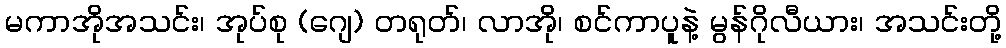
မကာအိုအသင်း၊ အုပ်စု (ဂျေ) တရုတ်၊ လာအို၊ စင်ကာပူနဲ့ မွန်ဂိုလီယား၊ အသင်းတို့